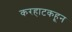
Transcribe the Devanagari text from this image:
करहाटकहून